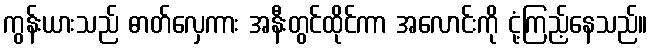
ကွန်းယားသည် ဓာတ်လှေကား အနီးတွင်ထိုင်ကာ အလောင်းကို ငုံ့ကြည့်နေသည်။